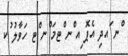
ްނ ައދި އެޕޮ ިއ ްނ ްޓމަ ްނ ްޓ ހަވާލު ުކ